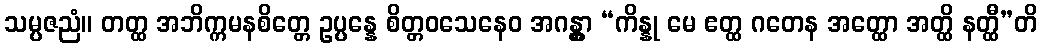
သမ္ပဇညံ။ တတ္ထ အဘိက္ကမနစိတ္တေ ဥပ္ပန္နေ စိတ္တဝသေနေဝ အဂန္တွာ “ကိန္နု မေ ဧတ္ထ ဂတေန အတ္ထော အတ္ထိ နတ္ထီ”တိ